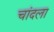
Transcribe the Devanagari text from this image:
चांदला